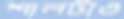
শালটাও